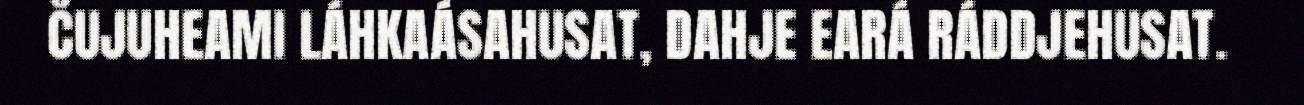
ČUJUHEAMI LÁHKAÁSAHUSAT, DAHJE EARÁ RÁDDJEHUSAT.